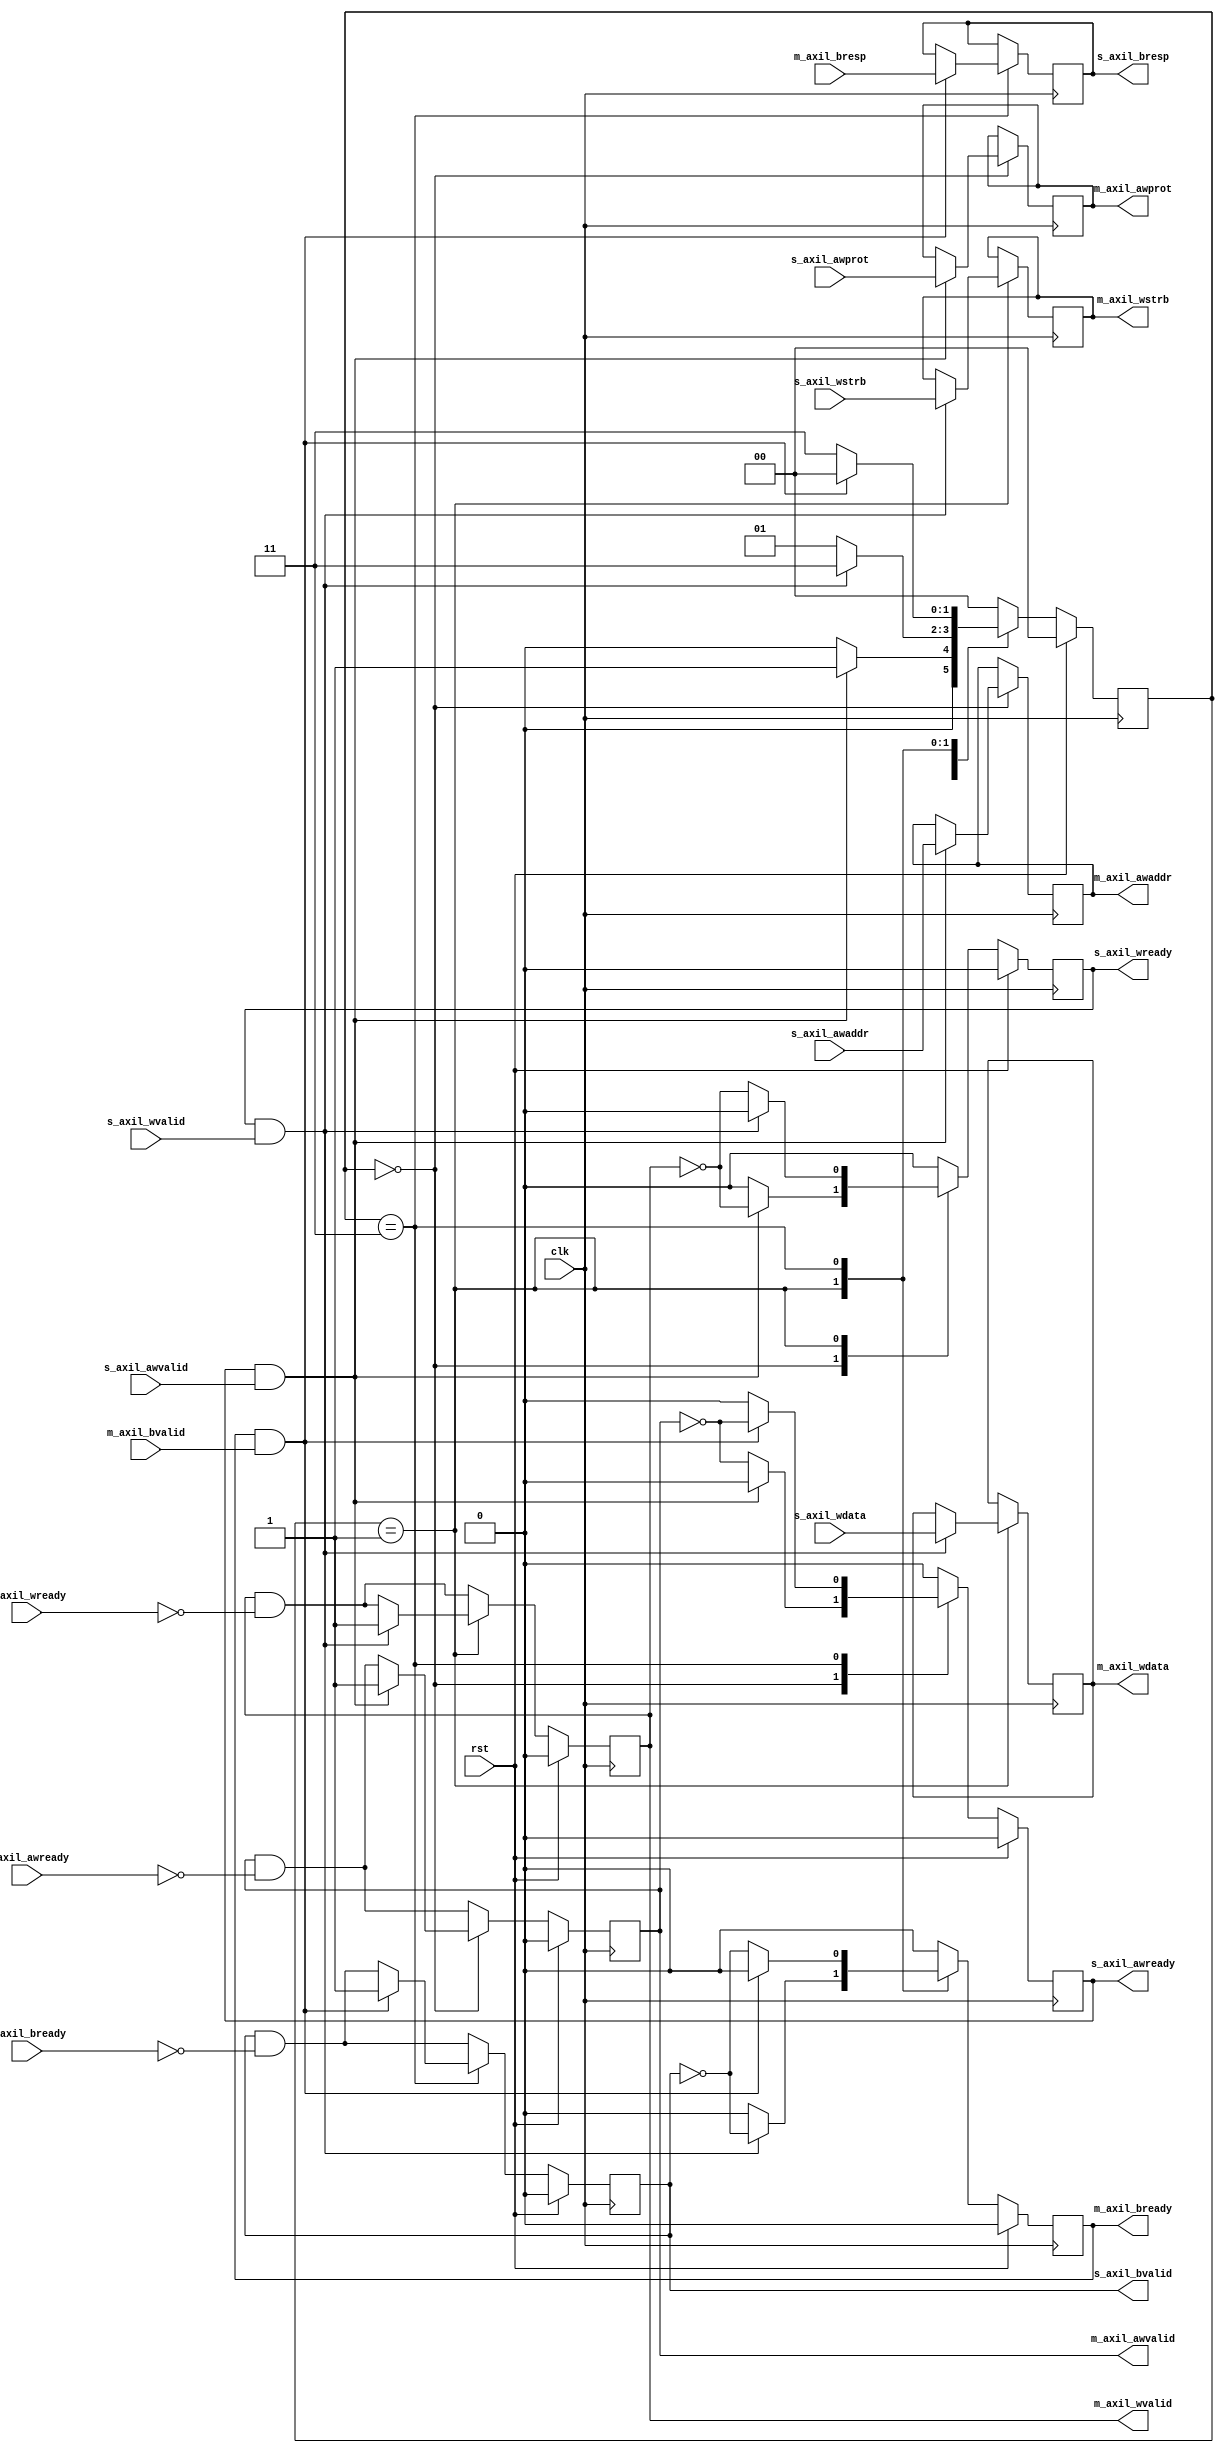
/*

Copyright (c) 2018 Alex Forencich

Permission is hereby granted, free of charge, to any person obtaining a copy
of this software and associated documentation files (the "Software"), to deal
in the Software without restriction, including without limitation the rights
to use, copy, modify, merge, publish, distribute, sublicense, and/or sell
copies of the Software, and to permit persons to whom the Software is
furnished to do so, subject to the following conditions:

The above copyright notice and this permission notice shall be included in
all copies or substantial portions of the Software.

THE SOFTWARE IS PROVIDED "AS IS", WITHOUT WARRANTY OF ANY KIND, EXPRESS OR
IMPLIED, INCLUDING BUT NOT LIMITED TO THE WARRANTIES OF MERCHANTABILITY
FITNESS FOR A PARTICULAR PURPOSE AND NONINFRINGEMENT. IN NO EVENT SHALL THE
AUTHORS OR COPYRIGHT HOLDERS BE LIABLE FOR ANY CLAIM, DAMAGES OR OTHER
LIABILITY, WHETHER IN AN ACTION OF CONTRACT, TORT OR OTHERWISE, ARISING FROM,
OUT OF OR IN CONNECTION WITH THE SOFTWARE OR THE USE OR OTHER DEALINGS IN
THE SOFTWARE.

*/

// Language: Verilog 2001

`timescale 1ns / 1ps

/*
 * AXI4 lite width adapter (write)
 */
module axil_adapter_wr #
(
    // Width of address bus in bits
    parameter ADDR_WIDTH = 32,
    // Width of input (slave) interface data bus in bits
    parameter S_DATA_WIDTH = 32,
    // Width of input (slave) interface wstrb (width of data bus in words)
    parameter S_STRB_WIDTH = (S_DATA_WIDTH/8),
    // Width of output (master) interface data bus in bits
    parameter M_DATA_WIDTH = 32,
    // Width of output (master) interface wstrb (width of data bus in words)
    parameter M_STRB_WIDTH = (M_DATA_WIDTH/8)
)
(
    input  wire                     clk,
    input  wire                     rst,

    /*
     * AXI lite slave interface
     */
    input  wire [ADDR_WIDTH-1:0]    s_axil_awaddr,
    input  wire [2:0]               s_axil_awprot,
    input  wire                     s_axil_awvalid,
    output wire                     s_axil_awready,
    input  wire [S_DATA_WIDTH-1:0]  s_axil_wdata,
    input  wire [S_STRB_WIDTH-1:0]  s_axil_wstrb,
    input  wire                     s_axil_wvalid,
    output wire                     s_axil_wready,
    output wire [1:0]               s_axil_bresp,
    output wire                     s_axil_bvalid,
    input  wire                     s_axil_bready,

    /*
     * AXI lite master interface
     */
    output wire [ADDR_WIDTH-1:0]    m_axil_awaddr,
    output wire [2:0]               m_axil_awprot,
    output wire                     m_axil_awvalid,
    input  wire                     m_axil_awready,
    output wire [M_DATA_WIDTH-1:0]  m_axil_wdata,
    output wire [M_STRB_WIDTH-1:0]  m_axil_wstrb,
    output wire                     m_axil_wvalid,
    input  wire                     m_axil_wready,
    input  wire [1:0]               m_axil_bresp,
    input  wire                     m_axil_bvalid,
    output wire                     m_axil_bready
);

parameter S_ADDR_BIT_OFFSET = $clog2(S_STRB_WIDTH);
parameter M_ADDR_BIT_OFFSET = $clog2(M_STRB_WIDTH);
parameter S_WORD_WIDTH = S_STRB_WIDTH;
parameter M_WORD_WIDTH = M_STRB_WIDTH;
parameter S_WORD_SIZE = S_DATA_WIDTH/S_WORD_WIDTH;
parameter M_WORD_SIZE = M_DATA_WIDTH/M_WORD_WIDTH;

// output bus is wider
parameter EXPAND = M_STRB_WIDTH > S_STRB_WIDTH;
parameter DATA_WIDTH = EXPAND ? M_DATA_WIDTH : S_DATA_WIDTH;
parameter STRB_WIDTH = EXPAND ? M_STRB_WIDTH : S_STRB_WIDTH;
// required number of segments in wider bus
parameter SEGMENT_COUNT = EXPAND ? (M_STRB_WIDTH / S_STRB_WIDTH) : (S_STRB_WIDTH / M_STRB_WIDTH);
parameter SEGMENT_COUNT_WIDTH = SEGMENT_COUNT == 1 ? 1 : $clog2(SEGMENT_COUNT);
// data width and keep width per segment
parameter SEGMENT_DATA_WIDTH = DATA_WIDTH / SEGMENT_COUNT;
parameter SEGMENT_STRB_WIDTH = STRB_WIDTH / SEGMENT_COUNT;

// bus width assertions
initial begin
    if (S_WORD_SIZE * S_STRB_WIDTH != S_DATA_WIDTH) begin
        $error("Error: AXI slave interface data width not evenly divisble (instance %m)");
        $finish;
    end

    if (M_WORD_SIZE * M_STRB_WIDTH != M_DATA_WIDTH) begin
        $error("Error: AXI master interface data width not evenly divisble (instance %m)");
        $finish;
    end

    if (S_WORD_SIZE != M_WORD_SIZE) begin
        $error("Error: word size mismatch (instance %m)");
        $finish;
    end

    if (2**$clog2(S_WORD_WIDTH) != S_WORD_WIDTH) begin
        $error("Error: AXI slave interface word width must be even power of two (instance %m)");
        $finish;
    end

    if (2**$clog2(M_WORD_WIDTH) != M_WORD_WIDTH) begin
        $error("Error: AXI master interface word width must be even power of two (instance %m)");
        $finish;
    end
end

localparam [1:0]
    STATE_IDLE = 2'd0,
    STATE_DATA = 2'd1,
    STATE_RESP = 2'd3;

reg [1:0] state_reg = STATE_IDLE, state_next;

reg [DATA_WIDTH-1:0] data_reg = {DATA_WIDTH{1'b0}}, data_next;
reg [STRB_WIDTH-1:0] strb_reg = {STRB_WIDTH{1'b0}}, strb_next;

reg [SEGMENT_COUNT_WIDTH-1:0] current_segment_reg = 0, current_segment_next;

reg s_axil_awready_reg = 1'b0, s_axil_awready_next;
reg s_axil_wready_reg = 1'b0, s_axil_wready_next;
reg [1:0] s_axil_bresp_reg = 2'd0, s_axil_bresp_next;
reg s_axil_bvalid_reg = 1'b0, s_axil_bvalid_next;

reg [ADDR_WIDTH-1:0] m_axil_awaddr_reg = {ADDR_WIDTH{1'b0}}, m_axil_awaddr_next;
reg [2:0] m_axil_awprot_reg = 3'd0, m_axil_awprot_next;
reg m_axil_awvalid_reg = 1'b0, m_axil_awvalid_next;
reg [M_DATA_WIDTH-1:0] m_axil_wdata_reg = {M_DATA_WIDTH{1'b0}}, m_axil_wdata_next;
reg [M_STRB_WIDTH-1:0] m_axil_wstrb_reg = {M_STRB_WIDTH{1'b0}}, m_axil_wstrb_next;
reg m_axil_wvalid_reg = 1'b0, m_axil_wvalid_next;
reg m_axil_bready_reg = 1'b0, m_axil_bready_next;

assign s_axil_awready = s_axil_awready_reg;
assign s_axil_wready = s_axil_wready_reg;
assign s_axil_bresp = s_axil_bresp_reg;
assign s_axil_bvalid = s_axil_bvalid_reg;

assign m_axil_awaddr = m_axil_awaddr_reg;
assign m_axil_awprot = m_axil_awprot_reg;
assign m_axil_awvalid = m_axil_awvalid_reg;
assign m_axil_wdata = m_axil_wdata_reg;
assign m_axil_wstrb = m_axil_wstrb_reg;
assign m_axil_wvalid = m_axil_wvalid_reg;
assign m_axil_bready = m_axil_bready_reg;

always @* begin
    state_next = STATE_IDLE;

    data_next = data_reg;
    strb_next = strb_reg;

    current_segment_next = current_segment_reg;

    s_axil_awready_next = 1'b0;
    s_axil_wready_next = 1'b0;
    s_axil_bresp_next = s_axil_bresp_reg;
    s_axil_bvalid_next = s_axil_bvalid_reg && !s_axil_bready;
    m_axil_awaddr_next = m_axil_awaddr_reg;
    m_axil_awprot_next = m_axil_awprot_reg;
    m_axil_awvalid_next = m_axil_awvalid_reg && !m_axil_awready;
    m_axil_wdata_next = m_axil_wdata_reg;
    m_axil_wstrb_next = m_axil_wstrb_reg;
    m_axil_wvalid_next = m_axil_wvalid_reg && !m_axil_wready;
    m_axil_bready_next = 1'b0;

    if (SEGMENT_COUNT == 1 || EXPAND) begin
        // master output is same width or wider; single cycle direct transfer
        case (state_reg)
            STATE_IDLE: begin
                s_axil_awready_next = !m_axil_awvalid;

                if (s_axil_awready && s_axil_awvalid) begin
                    s_axil_awready_next = 1'b0;
                    m_axil_awaddr_next = s_axil_awaddr;
                    m_axil_awprot_next = s_axil_awprot;
                    m_axil_awvalid_next = 1'b1;
                    s_axil_wready_next = !m_axil_wvalid;
                    state_next = STATE_DATA;
                end else begin
                    state_next = STATE_IDLE;
                end
            end
            STATE_DATA: begin
                s_axil_wready_next = !m_axil_wvalid;

                if (s_axil_wready && s_axil_wvalid) begin
                    s_axil_wready_next = 1'b0;
                    if (M_WORD_WIDTH == S_WORD_WIDTH) begin
                        m_axil_wdata_next = s_axil_wdata;
                        m_axil_wstrb_next = s_axil_wstrb;
                    end else begin
                        m_axil_wdata_next = {(M_WORD_WIDTH/S_WORD_WIDTH){s_axil_wdata}};
                        m_axil_wstrb_next = s_axil_wstrb << (m_axil_awaddr_reg[M_ADDR_BIT_OFFSET - 1:S_ADDR_BIT_OFFSET] * S_STRB_WIDTH);
                    end
                    m_axil_wvalid_next = 1'b1;
                    m_axil_bready_next = !s_axil_bvalid;
                    state_next = STATE_RESP;
                end else begin
                    state_next = STATE_DATA;
                end
            end
            STATE_RESP: begin
                m_axil_bready_next = !s_axil_bvalid;

                if (m_axil_bready && m_axil_bvalid) begin
                    m_axil_bready_next = 1'b0;
                    s_axil_bresp_next = m_axil_bresp;
                    s_axil_bvalid_next = 1'b1;
                    s_axil_awready_next = !m_axil_awvalid;
                    state_next = STATE_IDLE;
                end else begin
                    state_next = STATE_RESP;
                end
            end
        endcase
    end else begin
        // master output is narrower; may need several cycles
        case (state_reg)
            STATE_IDLE: begin
                s_axil_awready_next = !m_axil_awvalid;

                current_segment_next = 0;
                s_axil_bresp_next = 2'd0;

                if (s_axil_awready && s_axil_awvalid) begin
                    s_axil_awready_next = 1'b0;
                    m_axil_awaddr_next = s_axil_awaddr & ({ADDR_WIDTH{1'b1}} << S_ADDR_BIT_OFFSET);
                    m_axil_awprot_next = s_axil_awprot;
                    m_axil_awvalid_next = 1'b1;
                    s_axil_wready_next = !m_axil_wvalid;
                    state_next = STATE_DATA;
                end else begin
                    state_next = STATE_IDLE;
                end
            end
            STATE_DATA: begin
                s_axil_wready_next = !m_axil_wvalid;

                if (s_axil_wready && s_axil_wvalid) begin
                    s_axil_wready_next = 1'b0;
                    data_next = s_axil_wdata;
                    strb_next = s_axil_wstrb;
                    m_axil_wdata_next = s_axil_wdata;
                    m_axil_wstrb_next = s_axil_wstrb;
                    m_axil_wvalid_next = 1'b1;
                    m_axil_bready_next = !s_axil_bvalid;
                    state_next = STATE_RESP;
                end else begin
                    state_next = STATE_DATA;
                end
            end
            STATE_RESP: begin
                m_axil_bready_next = !s_axil_bvalid;

                if (m_axil_bready && m_axil_bvalid) begin
                    m_axil_bready_next = 1'b0;
                    if (m_axil_bresp != 0) begin
                        s_axil_bresp_next = m_axil_bresp;
                    end
                    if (current_segment_reg == SEGMENT_COUNT-1) begin
                        s_axil_bvalid_next = 1'b1;
                        s_axil_awready_next = !m_axil_awvalid;
                        state_next = STATE_IDLE;
                    end else begin
                        current_segment_next = current_segment_reg + 1;
                        m_axil_awaddr_next = m_axil_awaddr_reg + SEGMENT_STRB_WIDTH;
                        m_axil_awvalid_next = 1'b1;
                        m_axil_wdata_next = data_reg >> (current_segment_reg+1)*SEGMENT_DATA_WIDTH;
                        m_axil_wstrb_next = strb_reg >> (current_segment_reg+1)*SEGMENT_STRB_WIDTH;
                        m_axil_wvalid_next = 1'b1;
                        state_next = STATE_RESP;
                    end
                end else begin
                    state_next = STATE_RESP;
                end
            end
        endcase
    end
end

always @(posedge clk) begin
    if (rst) begin
        state_reg <= STATE_IDLE;
        s_axil_awready_reg <= 1'b0;
        s_axil_wready_reg <= 1'b0;
        s_axil_bvalid_reg <= 1'b0;
        m_axil_awvalid_reg <= 1'b0;
        m_axil_wvalid_reg <= 1'b0;
        m_axil_bready_reg <= 1'b0;
    end else begin
        state_reg <= state_next;
        s_axil_awready_reg <= s_axil_awready_next;
        s_axil_wready_reg <= s_axil_wready_next;
        s_axil_bvalid_reg <= s_axil_bvalid_next;
        m_axil_awvalid_reg <= m_axil_awvalid_next;
        m_axil_wvalid_reg <= m_axil_wvalid_next;
        m_axil_bready_reg <= m_axil_bready_next;
    end

    data_reg <= data_next;
    strb_reg <= strb_next;

    current_segment_reg <= current_segment_next;

    s_axil_bresp_reg <= s_axil_bresp_next;
    m_axil_awaddr_reg <= m_axil_awaddr_next;
    m_axil_awprot_reg <= m_axil_awprot_next;
    m_axil_wdata_reg <= m_axil_wdata_next;
    m_axil_wstrb_reg <= m_axil_wstrb_next;
end

endmodule